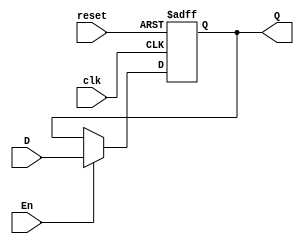
//Jonathan Pu c. 19249
//FF tipo D
//un bit
module FFD(input wire clk, reset, En, D, output reg Q);

    always@(posedge clk or posedge reset) begin
        if(reset)
            Q <= 1'b0;
        else if (En)
            Q <= D;
    end
endmodule

//dos bits
module FFD2(input wire clk, reset, En,
            input wire [1:0]D2,
            output wire [1:0]Q2);

    FFD a(clk, reset, En, D2[1], Q2[1]);
    FFD b(clk, reset, En, D2[0], Q2[0]);
endmodule

//cuatro bits
module FFD4(input wire clk, reset, En,
            input wire [3:0]D4,
            output wire [3:0]Q4);
    
    FFD2 a(clk, reset, En, D4[3:2], Q4[3:2]);
    FFD2 b(clk, reset, En, D4[1:0], Q4[1:0]);
endmodule